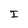
Character: I